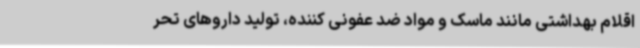
اقلام بهداشتی مانند ماسک و مواد ضد عفونی کننده، تولید داروهای تحر